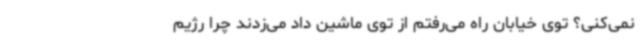
نمی‌کنی؟ توی خیابان راه می‌رفتم از توی ماشین داد می‌زدند چرا رژیم